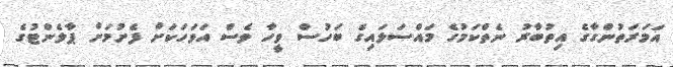
އަމަރަތުންގާގެ އިތުބާރު ނެތްކަމުގެ މައްސަލައިގެ ބަހުސް ވީހާ ވެސް އަވަހަކަށް ފެށުމަށް ޕާލެންޓުގެ